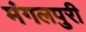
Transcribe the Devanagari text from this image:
मंगलपुरी